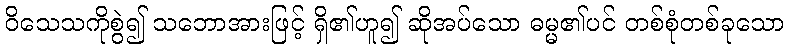
ဝိသေသကိုစွဲ၍ သဘောအားဖြင့် ရှိ၏ဟူ၍ ဆိုအပ်သော ဓမ္မ၏ပင် တစ်စုံတစ်ခုသော